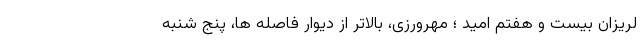
لریزان بیست و هفتم امید ؛ مهرورزی، بالاتر از دیوار فاصله ها، پنج شنبه